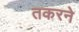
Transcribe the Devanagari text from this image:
तकरने